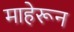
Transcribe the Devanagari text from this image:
माहेरून